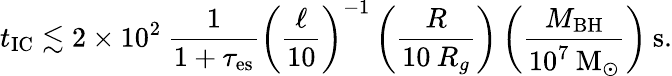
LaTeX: t_{\mathrm{IC}}\lesssim 2\times 10^{2}\: \frac{1}{1+\tau_{\mathrm{es}}}\left(\frac{\ell}{10}\right)^{-1}\left(\frac{R}{10\: R_{g}}\right)\left(\frac{M_{\mathrm{BH}}}{10^{7}\: \mathrm{{M}_{\odot}}}\right)\: \mathrm{{s}.}